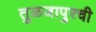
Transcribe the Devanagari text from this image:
तुळजापुरची